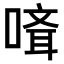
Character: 𠻎